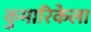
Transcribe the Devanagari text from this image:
कुमारिकेला